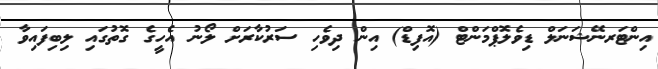
އިންޓަރނޭޝަނަލް ޑިވެލޮޕްމަންޓް (އޮފިޑް) އިން ދިވެހި ސަރުކާރަށް ލޯނު އެހީގެ ގޮތުގައި ލިބިފައިވާ